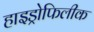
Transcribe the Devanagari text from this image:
हाइड्रोफिलीक